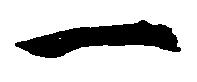
一